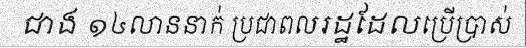
ជាង ១៤លាននាក់ ប្រជាពលរដ្ឋដែលប្រើប្រាស់